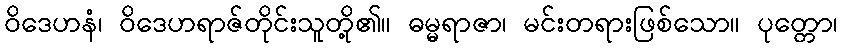
ဝိဒေဟနံ၊ ဝိဒေဟရာဇ်တိုင်းသူတို့၏။ ဓမ္မရာဇာ၊ မင်းတရားဖြစ်သော။ ပုတ္တော၊